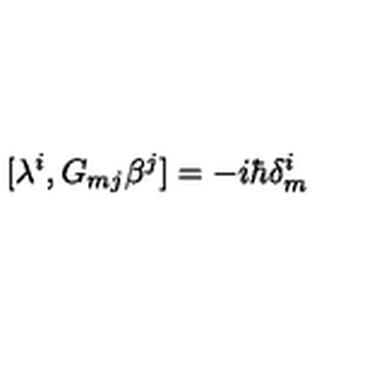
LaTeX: [ \lambda ^ { i } , G _ { m j } \beta ^ { j } ] = - i \hbar \delta _ { m } ^ { i }